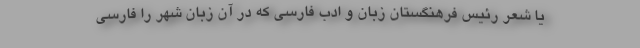
یا شعر رئیس فرهنگستان زبان و ادب فارسی که در آن زبان شهر را فارسی